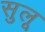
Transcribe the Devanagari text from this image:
सुलू